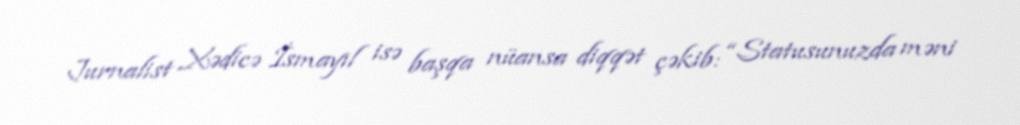
Jurnalist Xədicə İsmayıl isə başqa nüansa diqqət çəkib: “Statusunuzda məni